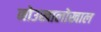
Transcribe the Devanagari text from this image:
नोउखालोखाल